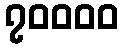
၇၀၀၀၀